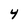
Character: 4